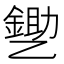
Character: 㐥